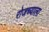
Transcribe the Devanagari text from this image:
रोजच्याला